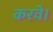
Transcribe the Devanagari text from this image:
करवे।